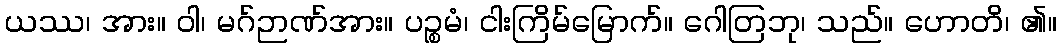
ယဿ၊ အား။ ဝါ၊ မဂ်ဉာဏ်အား။ ပဉ္စမံ၊ ငါးကြိမ်မြောက်။ ဂေါတြဘု၊ သည်။ ဟောတိ၊ ၏။